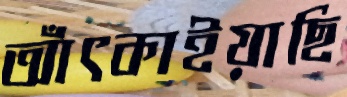
আঁৎকাইয়াছি